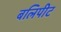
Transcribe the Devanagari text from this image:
बलिपीट